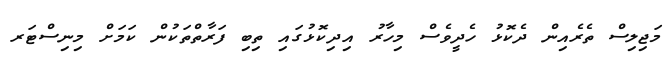
މަޖިލިސް ތެރެއިން ދެކޮޅު ހެދީވެސް މިހާރު އިދިކޮޅުގައި ތިބި ފަރާތްތަކުން ކަމަށް މިނިސްޓަރ